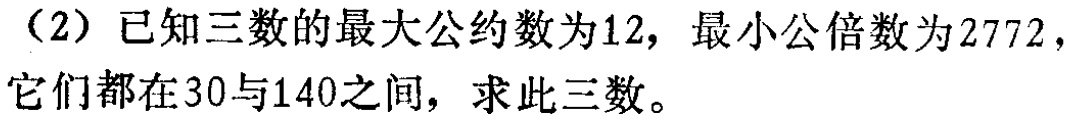
（2）已知三数的最大公约数为12，最小公倍数为2772，它们都在30与140之间，求此三数。